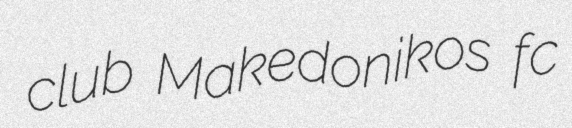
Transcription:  club Makedonikos fc